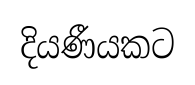
දියණීයකට